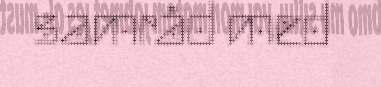
samråd med